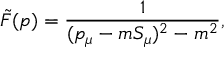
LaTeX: { \tilde { \cal F } } ( p ) = \frac { 1 } { ( p _ { \mu } - m S _ { \mu } ) ^ { 2 } - m ^ { 2 } } ,